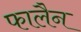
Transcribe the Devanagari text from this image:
फालैन